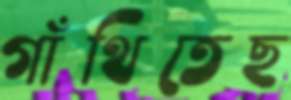
গাঁথিতেছ